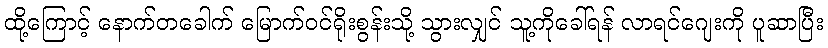
ထို့ကြောင့် နောက်တခေါက် မြောက်ဝင်ရိုးစွန်းသို့ သွားလျှင် သူ့ကိုခေါ်ရန် လာရင်ဂျေးကို ပူဆာပြီး